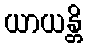
ယာယန္တိ